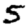
Digit: 5